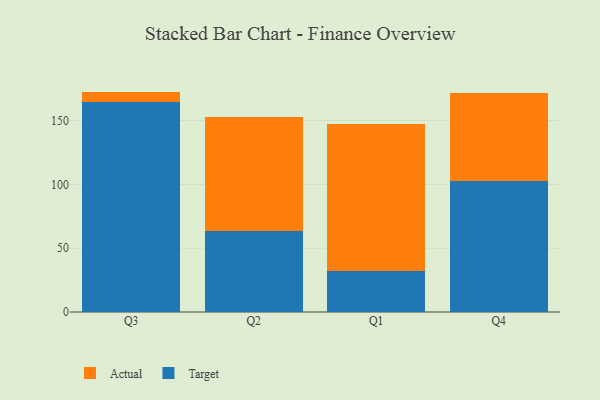
{"axis": {"x": "Quarter", "y": "Budget (USD K)"}, "legend": ["Actual", "Target"], "data": [{"x": "Q3", "y": 164.4, "type": "Target"}, {"x": "Q3", "y": 8.3, "type": "Actual"}, {"x": "Q2", "y": 63.2, "type": "Target"}, {"x": "Q2", "y": 89.7, "type": "Actual"}, {"x": "Q1", "y": 32.4, "type": "Target"}, {"x": "Q1", "y": 114.6, "type": "Actual"}, {"x": "Q4", "y": 102.6, "type": "Target"}, {"x": "Q4", "y": 68.8, "type": "Actual"}]}